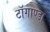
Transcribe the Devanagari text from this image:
टाॅगाण्डा